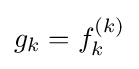
g_{k}=f_{k}^{(k)}